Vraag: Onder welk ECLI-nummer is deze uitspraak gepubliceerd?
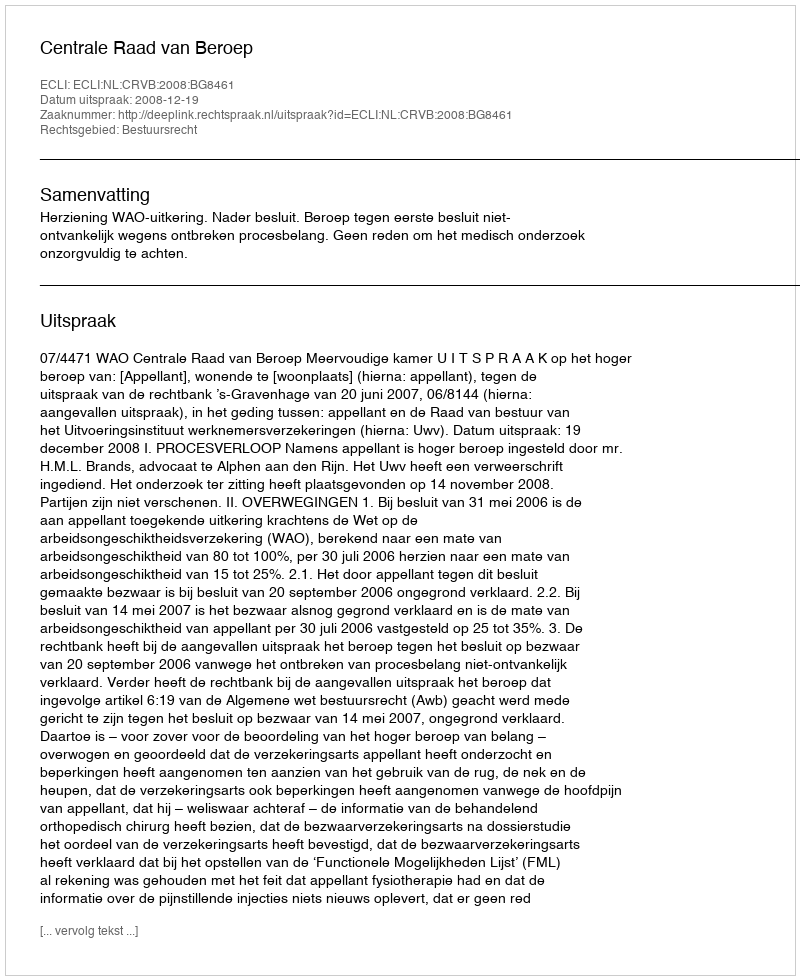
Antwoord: ECLI:NL:CRVB:2008:BG8461